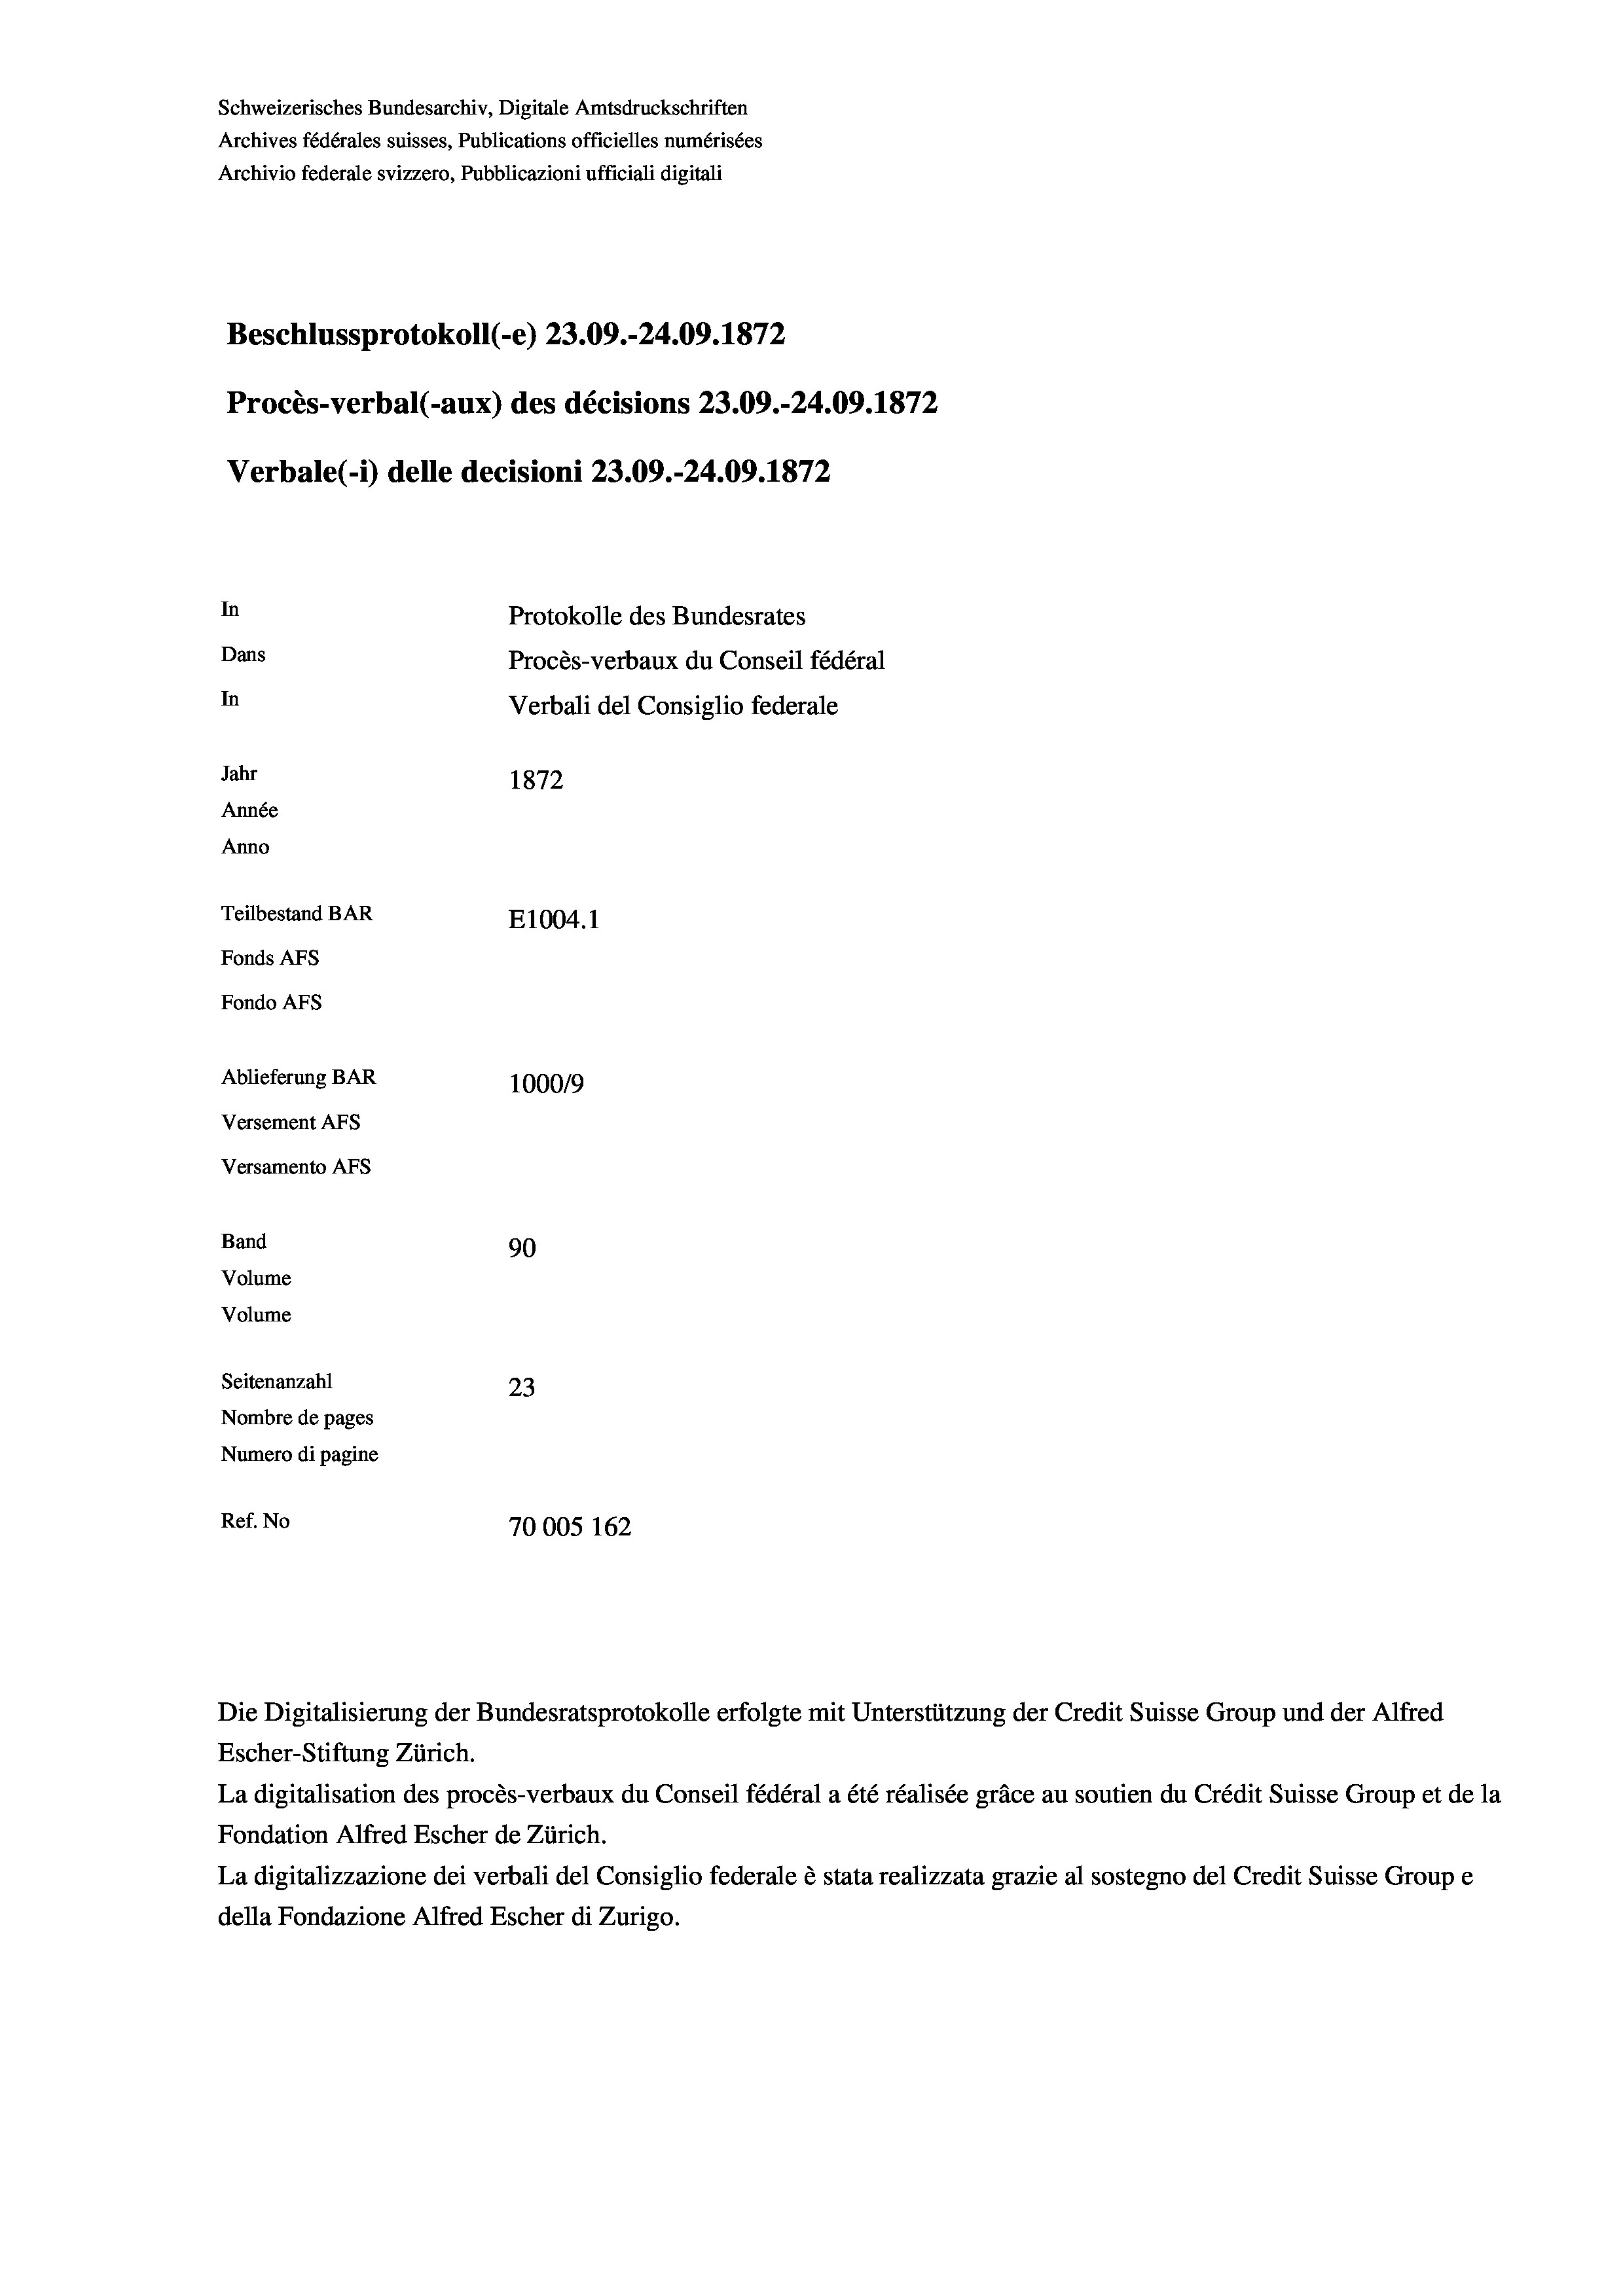
Schweizerisches Bundesarchiv, Digitale Amtsdruckschriften
Archives fédérales suisses, Publications officielles numérisées
Archivio federale svizzero, Pubblicazioni ufficiali digitali
Beschlussprotokoll (-e) 23.09.-24.09. 1872
Procès-verbal (-aux) des décisions 23.09.-24.09. 1872
Verbale (- 1) delle decisioni 23.09.-24.09. 1872
In
Protokolle des Bundesrates
Dans
Procès-verbaux du Conseil fédéral
In
Verbali del Consiglio federale
Jahr
1872
Année
Anno
Teilbestand BAR
E1004.1
Fonds Afs
Fondo Afs
Ablieferung BAR
100019
Versement Ans
Versamento Afs

Band
Volume

90
Seitenanzahl
23
Nombre de pages
Numero di pagine
Ref. No
70005 162

Volume

Escher-Stiftung Zürich.
La digitalisation des procès-verbaux du Conseil fédéral a été réalisée gräce au soutien du Crédit Suisse Group et de la
Fondation Alfred Escher de Zürich.
La digitalizzazione dei verbali del Consiglio federale è stata realizzata grazie al sostegno del Credit Suisse Groupe
della Fondazione Alfred Escher di Zurigo.

Die Digitalisierung der Bundesratsprotokolle erfolgte mit Unterstützung der Credit Suisse Group und der Alfred